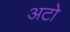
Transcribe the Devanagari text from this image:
अटो